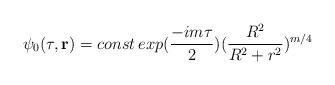
LaTeX: \begin{align*}\psi_0(\tau,{\bf r})=const\,exp(\frac{-im\tau}{2})(\frac{R^2}{R^2+r^2})^{m/4}\end{align*}